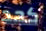
كحد